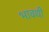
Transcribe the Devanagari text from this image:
भावथी